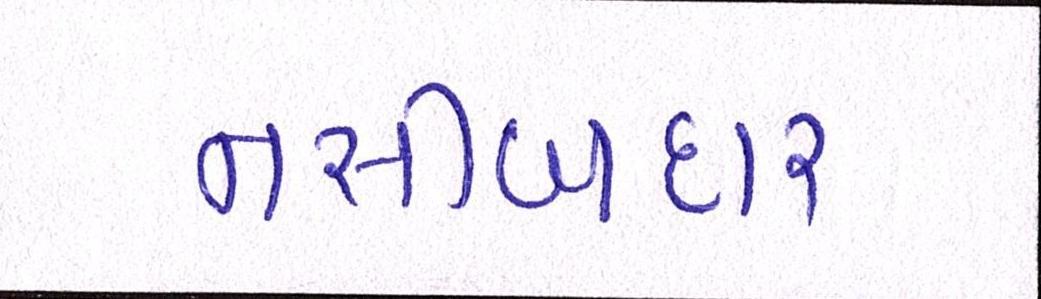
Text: નસીબદાર